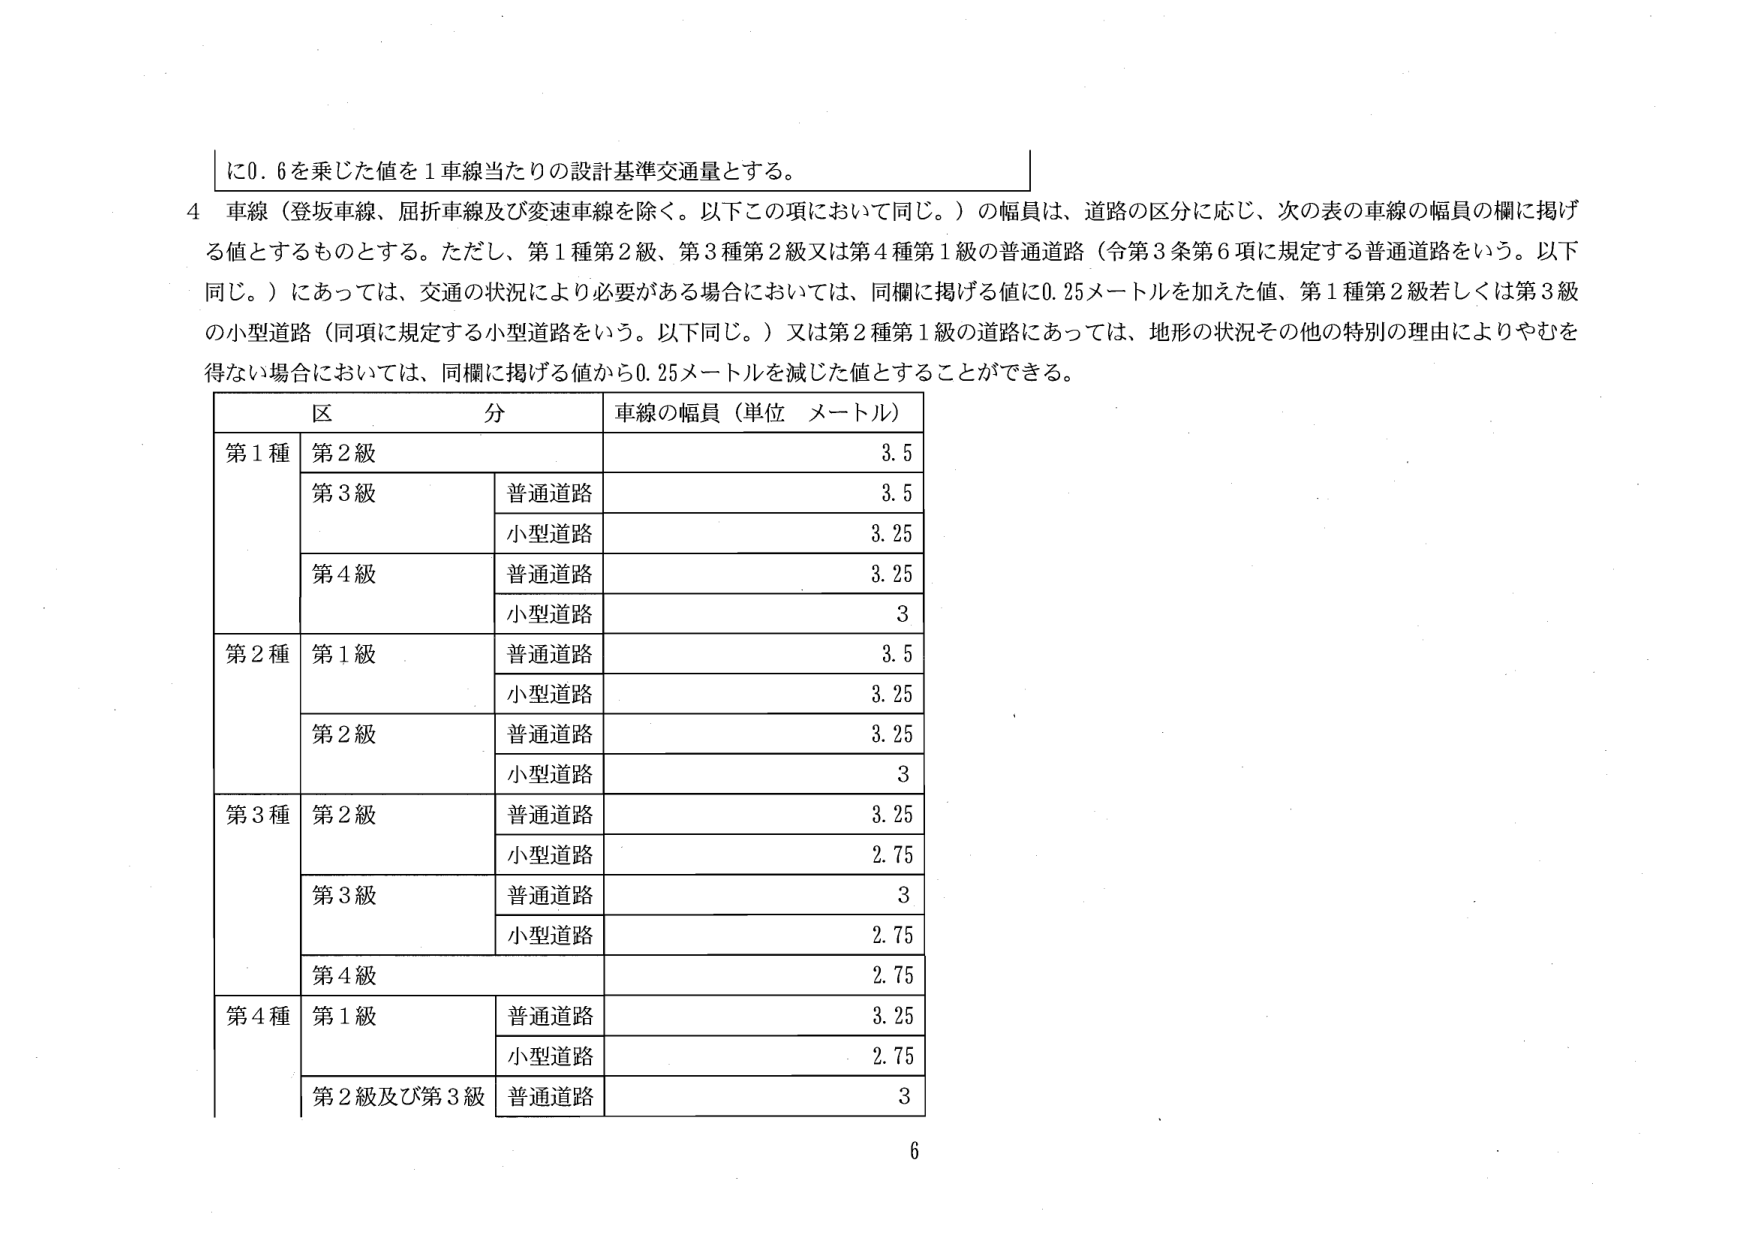
に0.6を乗じた値を1車線当たりの設計基準交通量とする。

4 車線（登坂車線、屈折車線及び変速車線を除く。以下この項において同じ。）の幅員は、道路の区分に応じ、次の表の車線の幅員の欄に掲げる値とするものとする。ただし、第1種第2級、第3種第2級又は第4種第1級の普通道路（令第3条第6項に規定する普通道路をいう。以下同じ。）にあっては、交通の状況により必要がある場合においては、同欄に掲げる値に0.25メートルを加えた値、第1種第2級若しくは第3級の小型道路（同項に規定する小型道路をいう。以下同じ。）又は第2種第1級の道路にあっては、地形の状況その他の特別の理由によりやむを得ない場合においては、同欄に掲げる値から0.25メートルを減じた値とすることができる。

区 分 車線の幅員（単位 メートル）
第1種 第2級 3.5
第3級 普通道路 3.5
小型道路 3.25
第4級 普通道路 3.25
小型道路 3
第2種 第1級 普通道路 3.5
小型道路 3.25
第2級 普通道路 3.25
小型道路 3
第3種 第2級 普通道路 3.25
小型道路 2.75
第3級 普通道路 3
小型道路 2.75
第4級 2.75
第4種 第1級 普通道路 3.25
小型道路 2.75
第2級及び第3級 普通道路 3

6